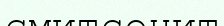
смитсонит